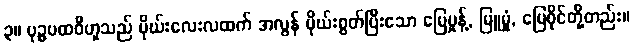
၃။ ပုဉ္ဇပထဝီဟူသည် မိုဃ်းလေးလထက် အလွန် မိုဃ်းစွတ်ပြီးသော မြေမှုန့်, မြူမှုံ, မြေစိုင်တို့တည်း။